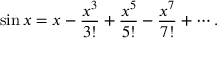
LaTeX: \sin x = x - { \frac { x ^ { 3 } } { 3 ! } } + { \frac { x ^ { 5 } } { 5 ! } } - { \frac { x ^ { 7 } } { 7 ! } } + \cdots .